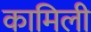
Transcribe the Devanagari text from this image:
कामिली